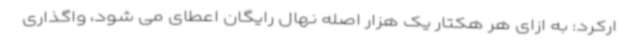
ارکرد: به ازای هر هکتار یک هزار اصله نهال رایگان اعطای می شود، واگذاری